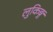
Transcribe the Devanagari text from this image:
लुकिङ्ग